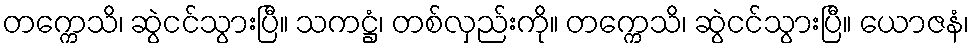
တက္ကေသိ၊ ဆွဲငင်သွားပြီ။ သကဋ္ဌံ၊ တစ်လှည်းကို။ တက္ကေသိ၊ ဆွဲငင်သွားပြီ။ ယောဇနံ၊